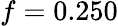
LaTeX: \mathnormal{f}=0.250